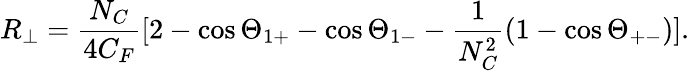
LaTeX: R_{\perp}=\frac{N_{C}}{4C_{F}}[2-\cos\Theta_{1+}-\cos\Theta_{1-}-\frac{1}{N_{C}^{2}}(1-\cos\Theta_{+-})].